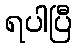
ရပါပြီ